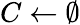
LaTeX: C\gets\emptyset